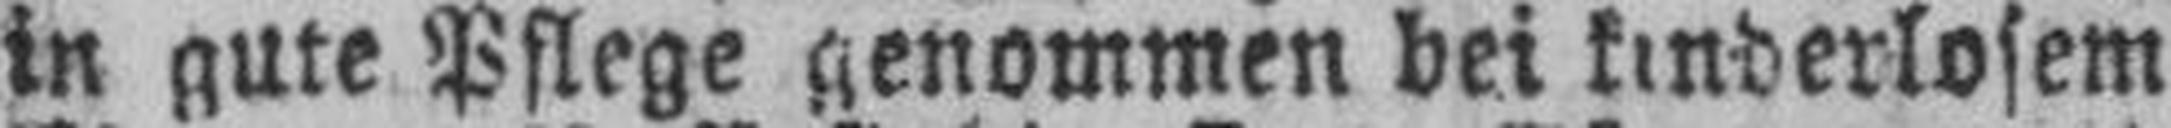
in gute Pflege genommen bei kinderlosem